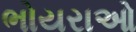
ભોયરાઓ